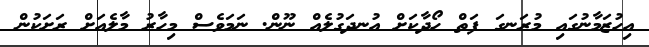
އިހުޒަމާނުގައި މުރަނގަ ފަތް ހޯދާކަށް އުނދަގުލެއް ނޫން. ނަމަވެސް މިހާރު މާލެއަށް ރަށަކުން